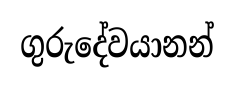
ගුරුදේවයානන්